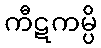
ကီဋကမ္ပိ